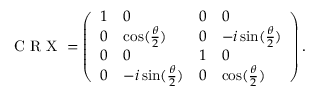
\mathrm { ~ C ~ R ~ X ~ } = \left( \begin{array} { l l l l } { 1 } & { 0 } & { 0 } & { 0 } \\ { 0 } & { \cos ( \frac { \theta } { 2 } ) } & { 0 } & { - i \sin ( \frac { \theta } { 2 } ) } \\ { 0 } & { 0 } & { 1 } & { 0 } \\ { 0 } & { - i \sin ( \frac { \theta } { 2 } ) } & { 0 } & { \cos ( \frac { \theta } { 2 } ) } \end{array} \right) .